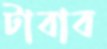
টাবাব